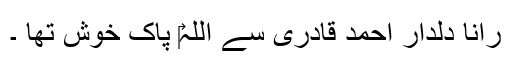
رانا دلدار احمد قادری سے اللہ‎ پاک خوش تھا ۔